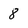
Character: 8